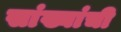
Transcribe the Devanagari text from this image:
सांख्यांची